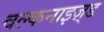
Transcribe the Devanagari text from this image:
वल्कनाइज़्ड